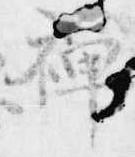
禅